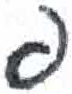
אות: פ